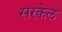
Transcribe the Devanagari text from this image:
सरकेल